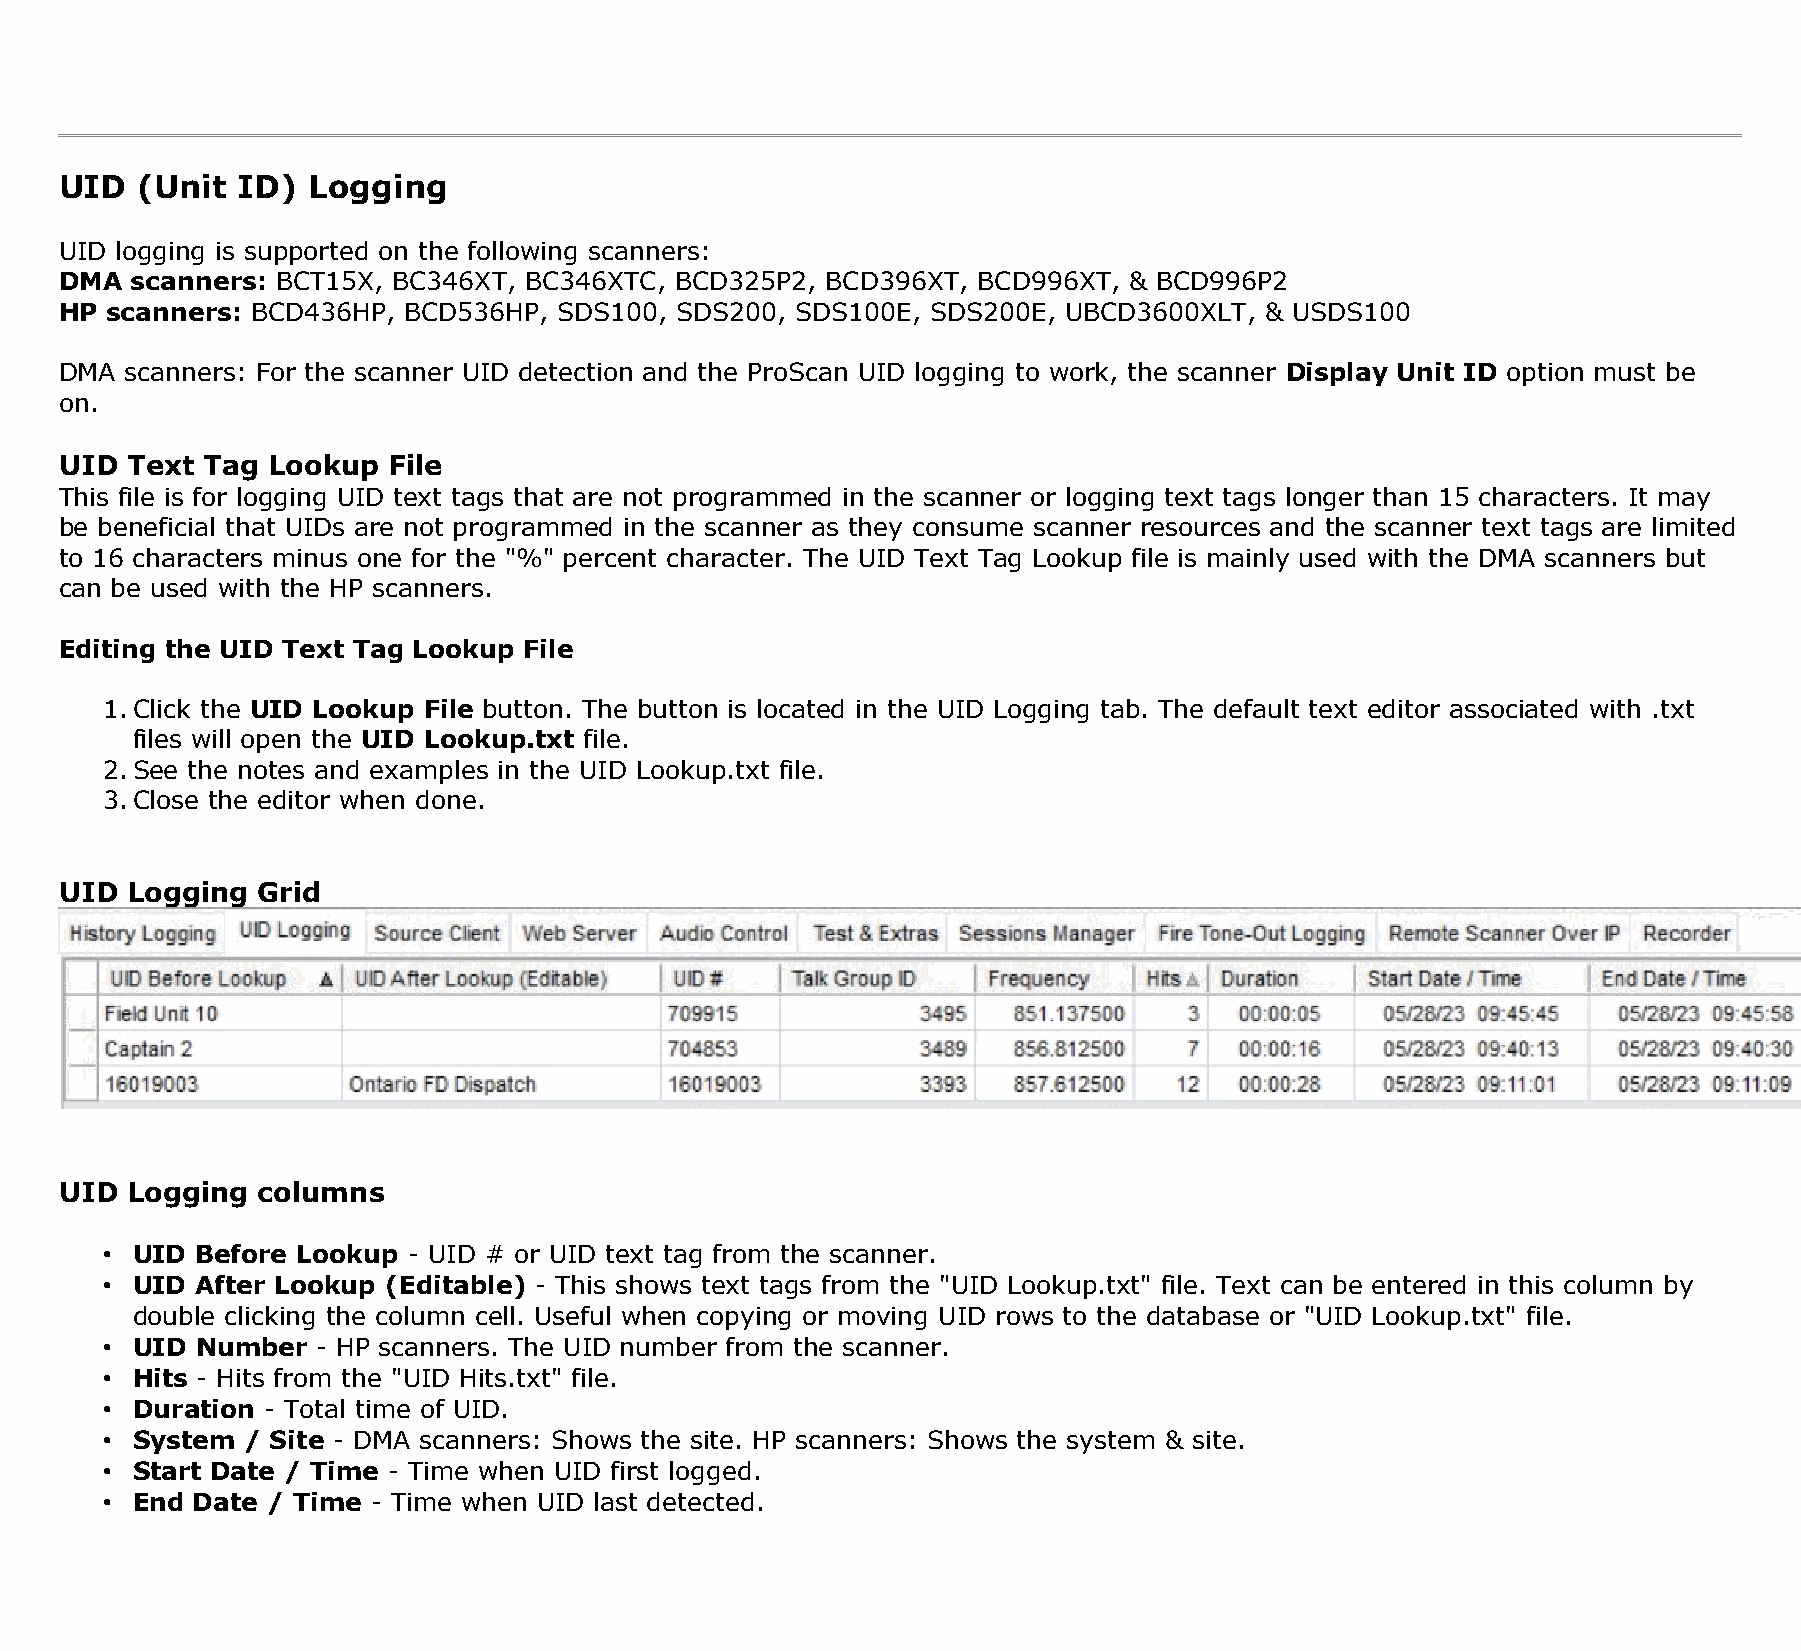
UID  (Unit  ID) Logging
 UID logging is supported on the following scanners:
 DMA  scanners: BCT15X, BC346XT, BC346XTC, BCD325P2, BCD396XT, BCD996XT, & BCD996P2
 HP scanners: BCD436HP, BCD536HP, SDS100, SDS200, SDS100E, SDS200E, UBCD3600XLT, & USDS100
 DMA scanners: For the scanner UID detection and the ProScan UID logging to work, the scanner Display Unit ID option must be
 on.
 UID Text Tag  Lookup  File
 This file is for logging UID text tags that are not programmed in the scanner or logging text tags longer than 15 characters. It may
 be beneficial that UIDs are not programmed in the scanner as they consume scanner resources and the scanner text tags are limited
 to 16 characters minus one for the "%" percent character. The UID Text Tag Lookup file is mainly used with the DMA scanners but
 can be used with the HP scanners.
 Editing the UID Text Tag Lookup File
 1.Click the UID Lookup File button. The button is located in the UID Logging tab. The default text editor associated with .txt
 files will open the UID Lookup.txt file.
 2.See the notes and examples in the UID Lookup.txt file.
 3.Close the editor when done.
 UID Logging  Grid
 UID Logging  columns
 • UID Before Lookup - UID # or UID text tag from the scanner.
 • UID After Lookup (Editable) - This shows text tags from the "UID Lookup.txt" file. Text can be entered in this column by
 double clicking the column cell. Useful when copying or moving UID rows to the database or "UID Lookup.txt" file.
 • UID Number  - HP scanners. The UID number from the scanner.
 • Hits - Hits from the "UID Hits.txt" file.
 • Duration - Total time of UID.
 • System / Site - DMA scanners: Shows the site. HP scanners: Shows the system & site.
 • Start Date / Time - Time when UID first logged.
 • End Date / Time - Time when UID last detected.